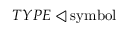
T Y P E \triangleleft { \mathrm { s y m b o l } }